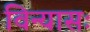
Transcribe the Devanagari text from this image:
विन्यासः